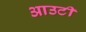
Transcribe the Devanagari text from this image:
आउटी